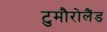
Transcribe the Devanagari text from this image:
टुमौरोलैंड